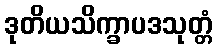
ဒုတိယသိက္ခာပဒသုတ္တံ